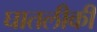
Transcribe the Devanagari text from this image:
घातलीकी